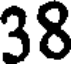
38